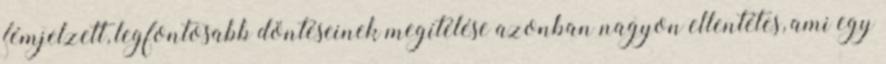
fémjelzett, legfontosabb döntéseinek megítélése azonban nagyon ellentétes, ami egy